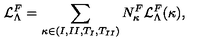
{ \cal L } _ { \Lambda } ^ { F } = \sum _ { \kappa \in { ( I , I I , T _ { I } , T _ { I I } ) } } N _ { \kappa } ^ { F } { \cal L } _ { \Lambda } ^ { F } ( \kappa ) ,